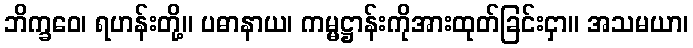
ဘိက္ခဝေ၊ ရဟန်းတို့။ ပဓာနာယ၊ ကမ္မဋ္ဌာန်းကိုအားထုတ်ခြင်းငှာ။ အသမယာ၊